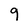
Character: 9